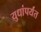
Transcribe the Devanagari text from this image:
युधांपर्यंत